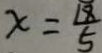
x = \frac { 1 8 } { 5 }